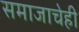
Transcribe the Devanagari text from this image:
समाजाचेही